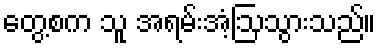
တွေ့စက သူ အရမ်းအံ့ဩသွားသည်။